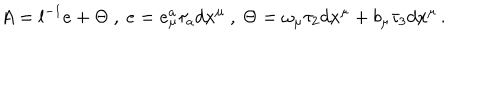
A = l ^ { - 1 } e + \Theta \ , \ e = e _ { \mu } ^ { a } \tau _ { a } d x ^ { \mu } \ , \ \Theta = \omega _ { \mu } \tau _ { 2 } d x ^ { \mu } + b _ { \mu } \tau _ { 3 } d x ^ { \mu } \, .